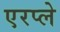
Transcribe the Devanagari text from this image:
एरप्ले